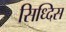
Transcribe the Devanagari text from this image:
सिध्दिस